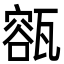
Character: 㼸